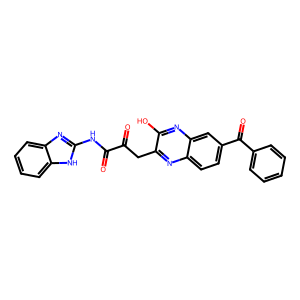
SMILES: O=C(Cc1nc2ccc(C(=O)c3ccccc3)cc2nc1O)C(=O)Nc1nc2ccccc2[nH]1
Inhibits HIV replication: No